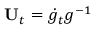
\mathbf { U } _ { t } = \dot { g } _ { t } g ^ { - 1 }